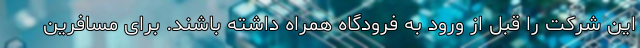
این شرکت را قبل از ورود به فرودگاه همراه داشته باشند. برای مسافرین